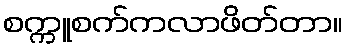
စက္ကူစက်ကလာဖိတ်တာ။